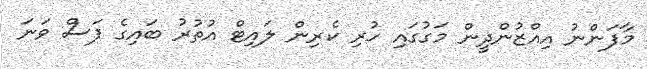
މާފަންނު އިއްޒުންދީން މަގުގައި ހުރި ކެރިން ލައިޓް އުތުރު ބައިގެ ފަސް ވަނަ